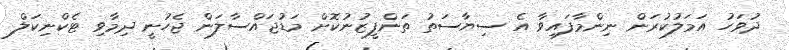
ދުވަހު އަމަލުކުރަން ނިންމާފައިވާ އެ ސިޔާސަތު ތަންފީޒުނުކޮށް މަޑުޖައްސާލަން ޖެހުނީ ދިމާވި ޓެކްނިކަލް